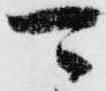
可